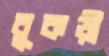
বুকড়ী